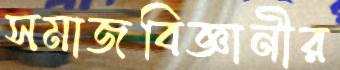
সমাজবিজ্ঞানীর